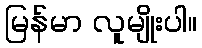
မြန်မာ လူမျိုးပါ။